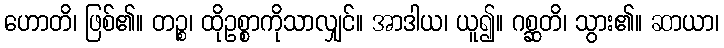
ဟောတိ၊ ဖြစ်၏။ တဉ္စ၊ ထိုဥစ္စာကိုသာလျှင်။ အာဒါယ၊ ယူ၍။ ဂစ္ဆတိ၊ သွား၏။ ဆာယာ၊